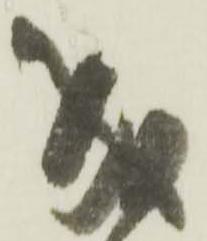
成